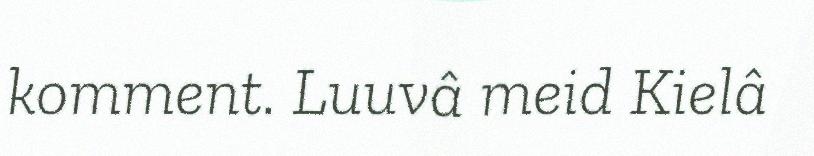
komment. Luuvâ meid Kielâ